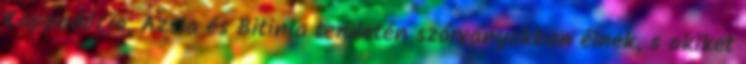
Kappadócia, Ázsia és Bitinia területén szórványokban élnek, s akiket